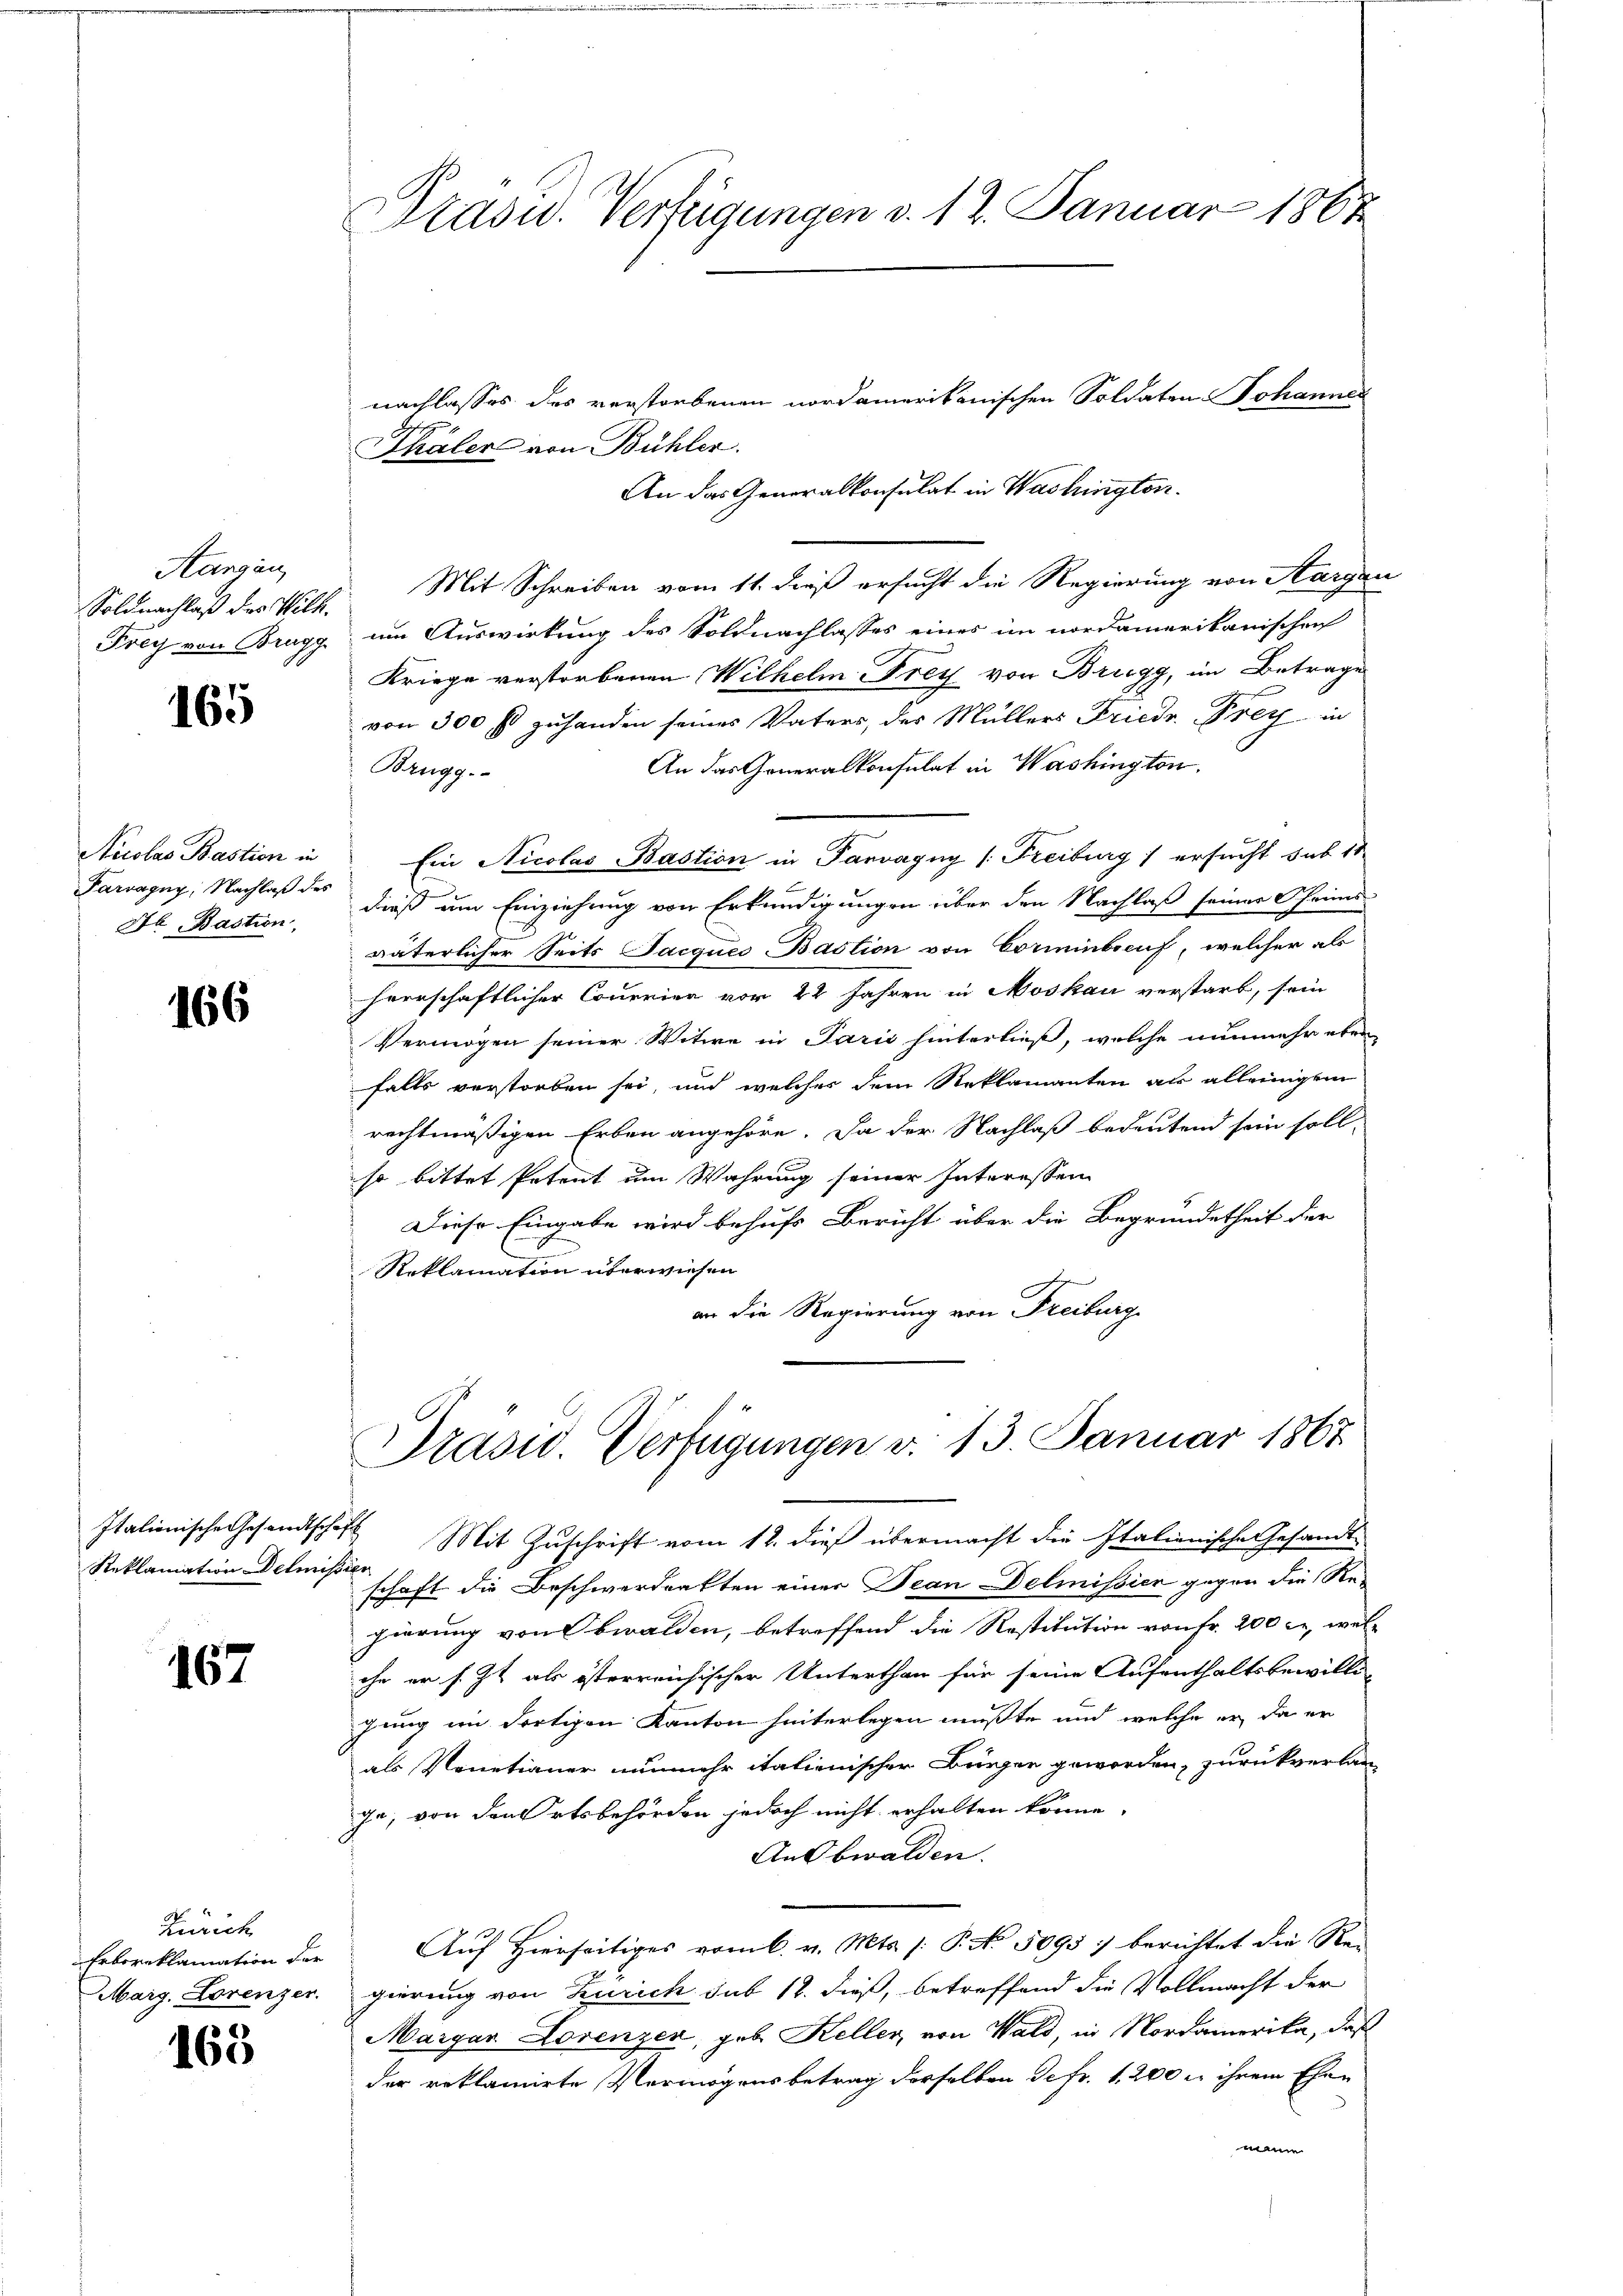
Aargau,
Soldnachlaß des Wilh.

165

Nicolas Bastion in
Parvagny, Nachlaß des
H. Bastion,

166

Reklamation Delmission

167

Zürich
Erboreklamation der

163

Präsid.. Verfügungen v. 12. Januar 1862

nachlasses des verstorbenen nordamerikanischen Soldaten Johannen
Thäler von Bühler.
An das Generalkonsulat in Washington.
Mit Schreiben vom 11. dieß ersucht die Regierung von Aargau
Frey von Brugg um Auswirkung des Soldnachlasses eines im nordamerikanischen
Kriege verstorbenen Wilhelm Frey von Brugg, im Betrage
von 300 fl zuhanden seines Vaters, des Müllers Friedr. Frey in
An das Generalkonsulat in Washington.
Brugg.
Ein Nicolas Bastion in Parvagny (: Freiburg 1 ersucht sub 11
dieß um Einziehung von Erkundigungen über den Nachlaß seiner Chri-
väterlicher Seits Jacques Bastion von Corminbruf, welcher als
herrschaftlicher Couerien vor 22 Jahren in Moskau verstarb, sein
Vermögen seiner Witwe in Parić hinterließ, welche nunmehr eben
falls verstorben sei, und welches dem Reklamanten als alleinigem
rechtmäßigen Erben angehöre. Da der Nachlaß bedeutend sein soll-
so bittet Petent um Wahrung seiner Interessen
Diese Eingabe wird behufs Bericht über die Begründetheit der
Reklamation überwiesen
an die Regierung von Freiburg

Prasid. Verfügungen v. 13. Januar 1867
Italienische Gesandtschaft Mit Zŭschrift vom 12. dieß übermacht die Italienische Gesandt-

schaft die Beschwerdenkten einer Jean Delmission gegen die Regierung von Obwalden, betreffend die Restitution von Fr. 200 l., wel-
che er s. Zt. als österreichischer Unterthan für seine Aufenthaltsbewilli
gung im dortigen Kanton hinterlegen mußte und welche er da er
als Venetianer nunmehr italienischer Bürger geworden, zurückverlan-
ge, von den Ortsbehörden jedoch nicht erhalten könne.
Ausbwalden.
Auf Hierseitiges vom 6. v. Mts. (: P. No. 5095 : berichtet die Re-
Marg. Lorenzer. gierung von Zürich sub 18. dieß, betreffend die Vollmacht der
Margar Lorenzen, geb. Keller, von Wald, in Nordamerika, daß
der reklamirte Vermögens betrag derselben de fr. 1. 200 x ihrem Ehen
mann